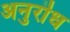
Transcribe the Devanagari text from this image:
अनुरॊध